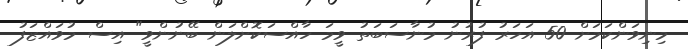
މިނިވަންކަމަށް 50 އަހަރު ފުރުނު މުނާސަބަތު ވީމަ ހާއްސަކޮށްލަން ބޭނުންވީ" އިސް މުވައްޒަފު